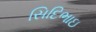
સિદિભાઇ